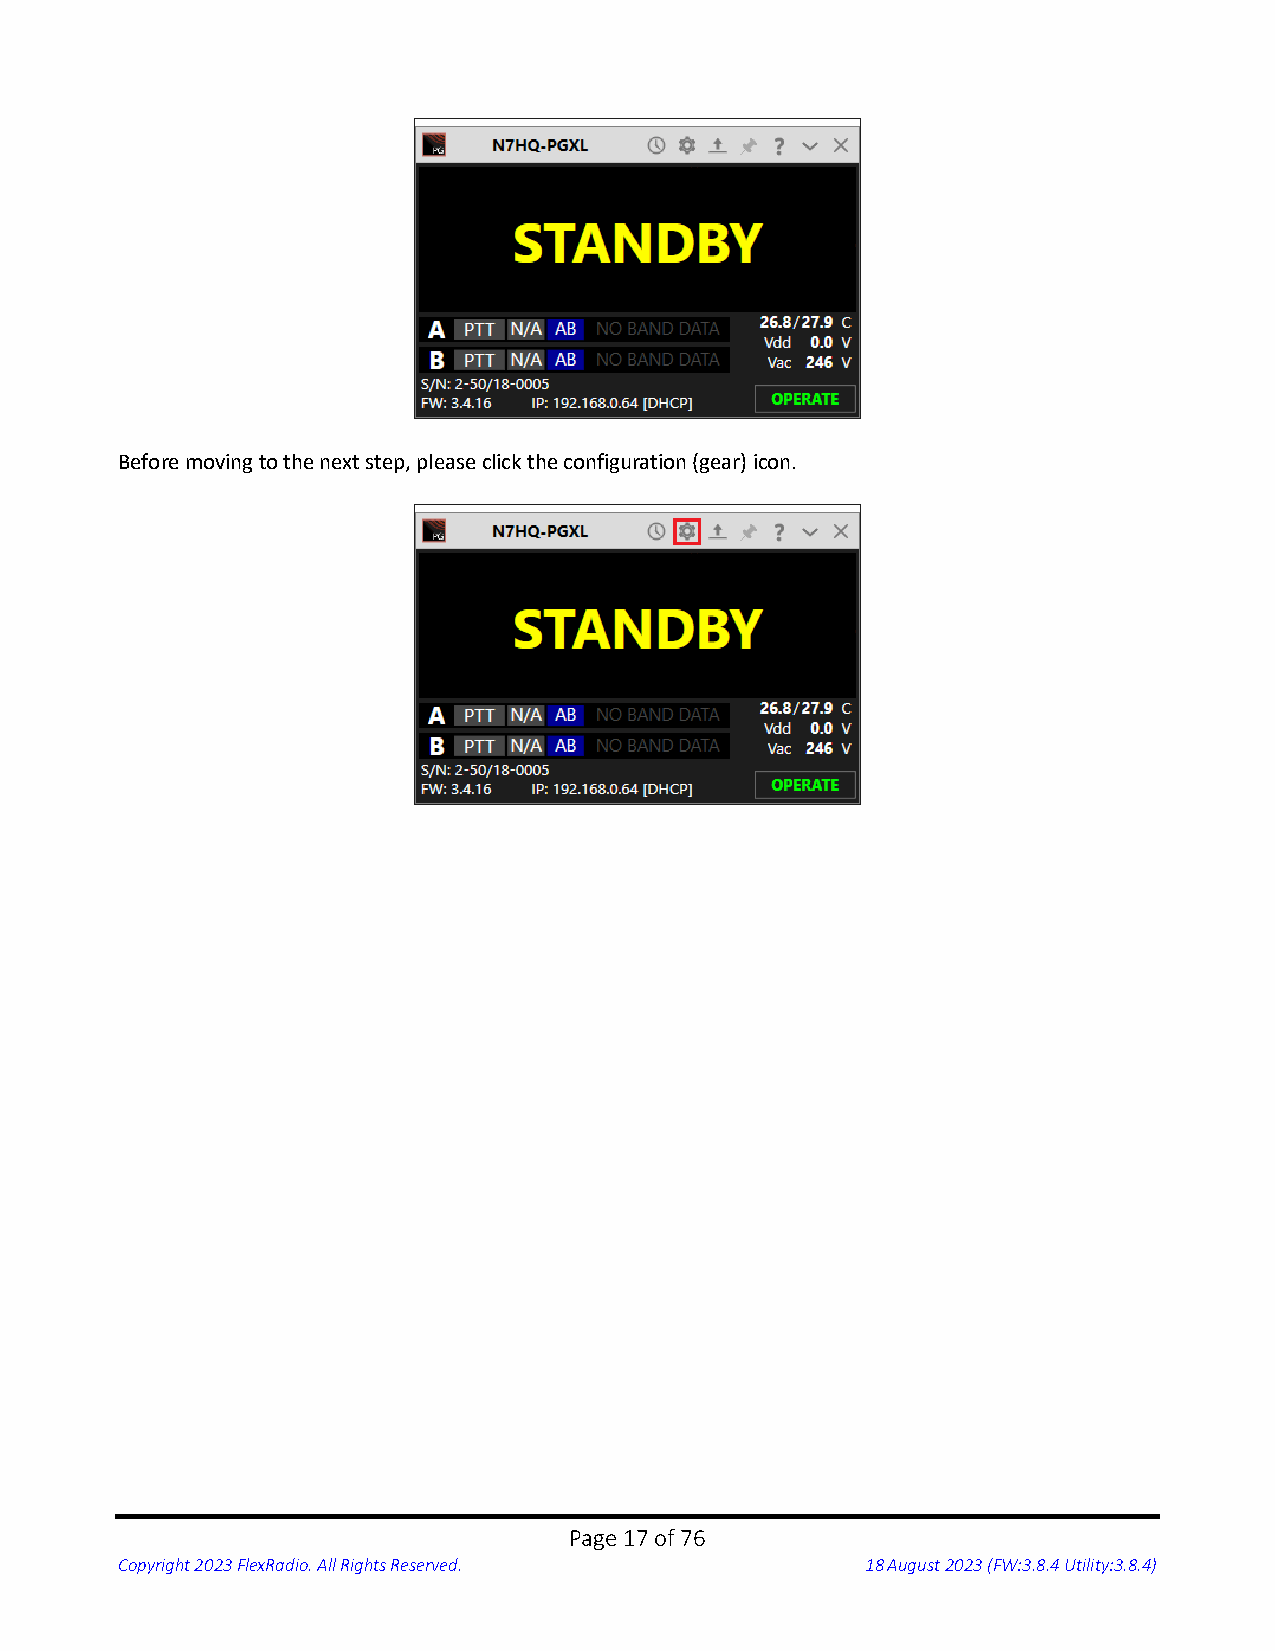
Before moving to the next step, please click the configuration (gear) icon.
 Page 17 of 76
 Copyright 2023 FlexRadio. All Rights Reserved.   18 August 2023 (FW:3.8.4 Utility:3.8.4)